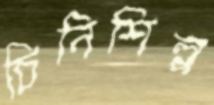
চিনিশিল্প